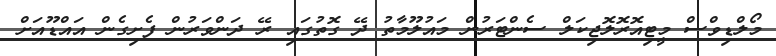
މޯލްޑިވްސް މީޓިއޮރޮލޮޖިކަލް ސެންޓަރުން މައުލޫމާތު ދޭ ގޮތުގައި ރޭ ދަންވަރުން ފެށިގެން އައްޑޫއަށް